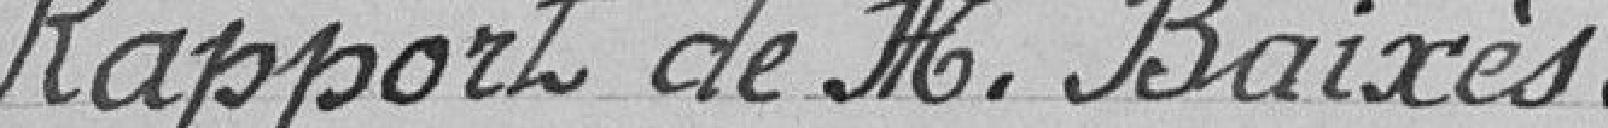
Rapport de Monsieur BAIXES